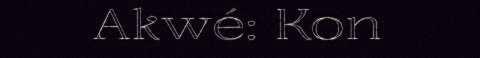
Akwé: Kon